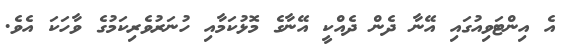
އެ އިންޓަވިއުގައި އޭނާ ދެން ދެއްކީ އޭނާގެ މޮޅުކަމާއި ހުނަރުވެރިކަމުގެ ވާހަކަ އެވެ.